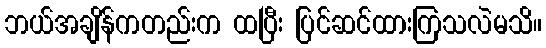
ဘယ်အချိန်ကတည်းက ထပြီး ပြင်ဆင်ထားကြသလဲမသိ။